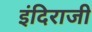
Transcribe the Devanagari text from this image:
इंदिराजी